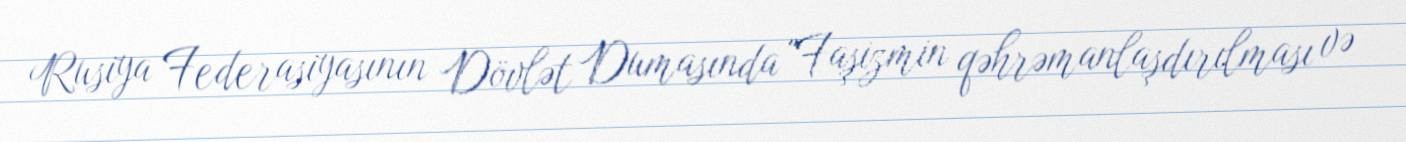
Rusiya Federasiyasının Dövlət Dumasında "Faşizmin qəhrəmanlaşdırılması və